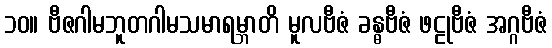
၁၀။ ဗီဇဂါမဘူတဂါမသမာရမ္ဘာတိ မူလဗီဇံ ခန္ဓဗီဇံ ဖဠုဗီဇံ အဂ္ဂဗီဇံ